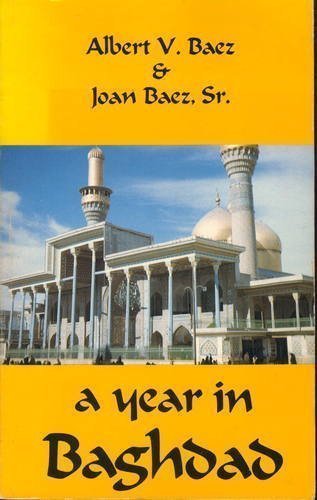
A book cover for A Year in Baghdad; Joan Baez; Travel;